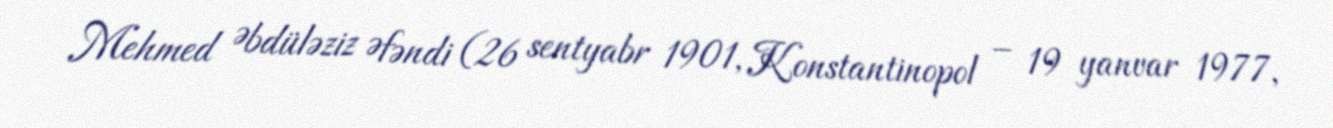
Mehmed Əbdüləziz Əfəndi (26 sentyabr 1901, Konstantinopol – 19 yanvar 1977,